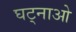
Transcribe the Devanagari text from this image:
घट्नाओ